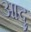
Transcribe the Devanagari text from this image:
आदु